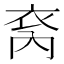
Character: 𮶿